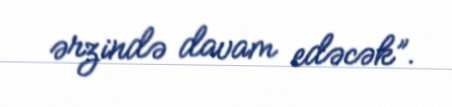
ərzində davam edəcək”.